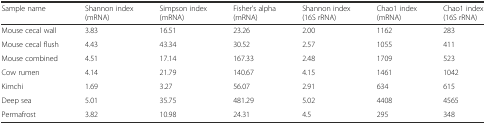
| Sample name | Shannon index (mRNA) | Simpson index (mRNA) | Fisher’s alpha (mRNA) | Shannon index (16S rRNA) | Chao1 index (mRNA) | Chao1 index (16S rRNA) |
 | --- | --- | --- | --- | --- | --- | --- |
 | Mouse cecal wall | 3.83 | 16.51 | 23.26 | 2.00 | 1162 | 283 |
 | Mouse cecal flush | 4.43 | 43.34 | 30.52 | 2.57 | 1055 | 411 |
 | Mouse combined | 4.51 | 17.14 | 167.33 | 2.48 | 1709 | 523 |
 | Cow rumen | 4.14 | 21.79 | 140.67 | 4.15 | 1461 | 1042 |
 | Kimchi | 1.69 | 3.27 | 56.07 | 2.91 | 634 | 615 |
 | Deep sea | 5.01 | 35.75 | 481.29 | 5.02 | 4408 | 4565 |
 | Permafrost | 3.82 | 10.98 | 24.31 | 4.5 | 295 | 348 |